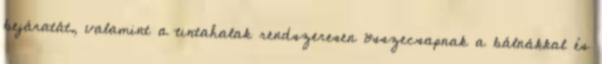
bejáratát, valamint a tintahalak rendszeresen összecsapnak a bálnákkal és